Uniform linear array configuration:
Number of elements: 12
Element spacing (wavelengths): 1
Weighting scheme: kaiser
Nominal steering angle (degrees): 45
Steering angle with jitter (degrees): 44.106
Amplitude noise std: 0.05
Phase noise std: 0.05

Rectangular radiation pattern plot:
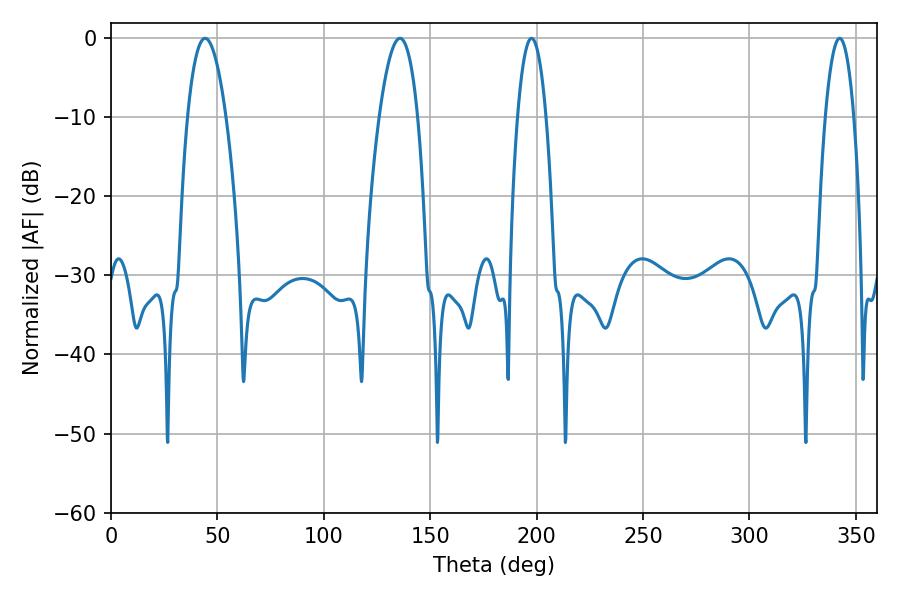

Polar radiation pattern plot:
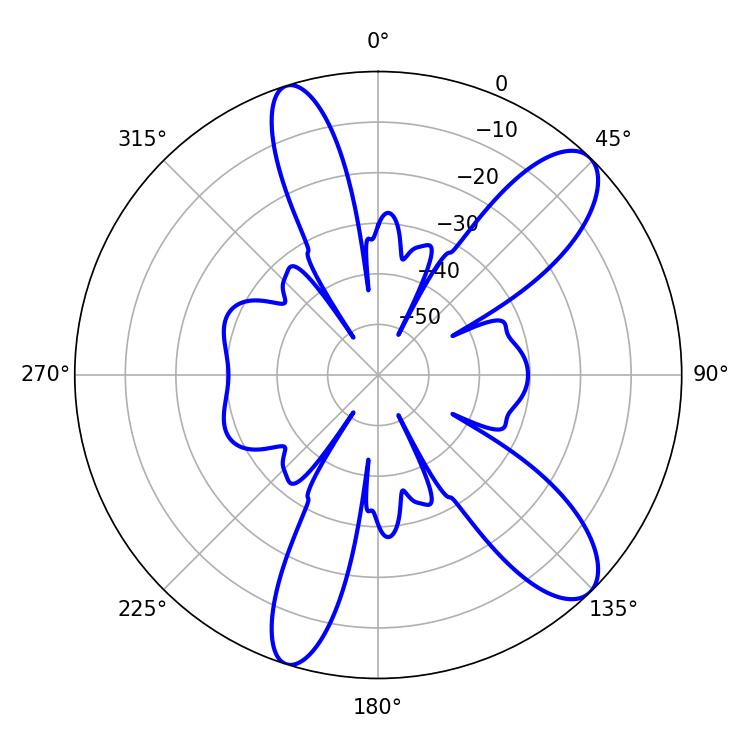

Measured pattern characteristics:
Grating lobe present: TRUE
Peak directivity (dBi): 10.538
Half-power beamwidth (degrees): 7.56
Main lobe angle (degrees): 197.64